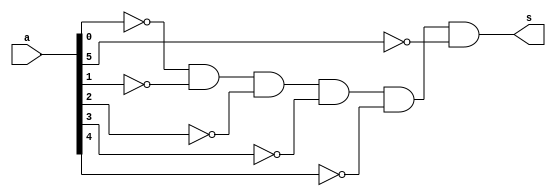
// ------------------------- 
// Exemplo0032 / Somador/Subtrator
// Nome: Pedro Ballona
// ------------------------- 
 

// ------------------------- 
//  and6Negado
// ------------------------- 
module and6Negado (output s,	input[5:0] a); 
 




assign s = ~a[0] & ~a[1] & ~a[2] & ~a[3] & ~a[4] & ~a[5];

endmodule

// ------------------------- 
//  F0
// ------------------------- 
module F0 (output s,	input[5:0] a);

and6Negado p1(s,a);

endmodule 
 

// ------------------------- 
//  meia Soma 
// ------------------------- 
module meiaSoma (output s0,	 output s1,  
                               input a,  
                               input b); 
 
// descrever por portas



and(s1,a,b);
xor(s0,a,b);


 
endmodule // fullAdder


// ------------------------- 
//  full adder 
// ------------------------- 
module fullAdder (output s0,	 output s1,  
                               input a,  
                               input b,  
                               input carryIn); 
 
// descrever por portas
wire meiaSoma1[0:1];
wire meiaSoma2[0:1];

meiaSoma porta1(meiaSoma1[1],meiaSoma1[0],a,b);
meiaSoma porta2(meiaSoma2[1],meiaSoma2[0],meiaSoma1[1],carryIn);

assign s0 = meiaSoma2[1];
or(s1,meiaSoma1[0],meiaSoma2[0]);
 
endmodule // fullAdder

// ------------------------- 
//  FAFS 
// ------------------------- 
module FAFS (output s0,	 output s1,  
                               input a,  
                               input b,  
                               input carryIn,
										 input sel); 
 
// descrever por portas
wire xor1;
xor(xor1,b,sel);
fullAdder FA(s0,s1,a,xor1,carryIn);


 
endmodule // FAFS


// ------------------------- 
//  FAFS6b
// -------------------------
module somador6b (output[5:0] c,
										 input[5:0] a,
										 input[5:0] b,
										 input sel);

 
		wire [5:0] x; 
      wire [5:0] y;      
      //wire [5:0] soma;
		wire carry;
		wire carry2;
		wire carry3;
		wire carry4;
		wire carry5;
		wire carry6;			
		FAFS soma0(c[0],carry,a[0],b[0],sel,sel);
		FAFS soma1(c[1],carry2,a[1],b[1],carry,sel);
		FAFS soma2(c[2],carry3,a[2],b[2],carry2,sel);
		FAFS soma3(c[3],carry4,a[3],b[3],carry3,sel);
		FAFS soma4(c[4],carry5,a[4],b[4],carry4,sel);
		FAFS soma5(c[5],carry6,a[5],b[5],carry5,sel);	
		

										 
endmodule//somador6b



module test_F0; 
// ------------------------- definir dados 
      reg[5:0] x;
		reg[5:0] w;
		reg c;
		wire a;
		
		wire[5:0] y;
		
		
		somador6b somador(y,x,w,c);
		F0 da0(a,y);
		//reg x;
		//reg w;
		//reg c;
		//wire y[1:0];
		
		//FAFS soma0(y[0],y[1],x,w,c,c);
		
		
		
 
// ------------------------- parte principal 
 initial begin 
      $display("Exemplo0032 - Pedro Ballona - 427455"); 
      $display("Test ALUs somador/subtratpr (1-subtrator 0-somador) Deu Zero? 0-no 1-sim");
		x=6'b000011;	w=6'b000011; c=1'b1;	
		#1 $display("%b - %b = %b   Deu 0? %b",x,w,y,a);
		
		x=6'b011011;	w=6'b000011; c=1'b1;	
		#2 $display("%b - %b = %b Deu 0? %b",x,w,y,a);
		x=6'b001111;	w=6'b010001; c=1'b0;	
		#3 $display("%b + %b = %b Deu 0? %b",x,w,y,a);
		
 
 // projetar testes do somador complete 
 
 end 
 
endmodule // test_c2